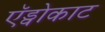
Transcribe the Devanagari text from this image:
ऍड्वोकाट